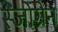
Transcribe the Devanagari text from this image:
स्जोग्रेन